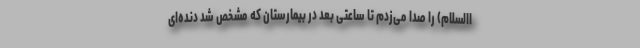
االسلام) را صدا می‌زدم تا ساعتی بعد در بیمارستان که مشخص شد دنده‌ای